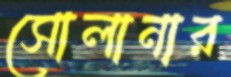
সোলানার